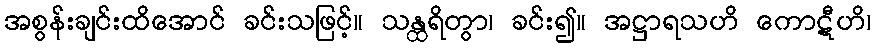
အစွန်းချင်းထိအောင် ခင်းသဖြင့်။ သန္ထရိတွာ၊ ခင်း၍။ အဋ္ဌာရသဟိ ကောဋီဟိ၊